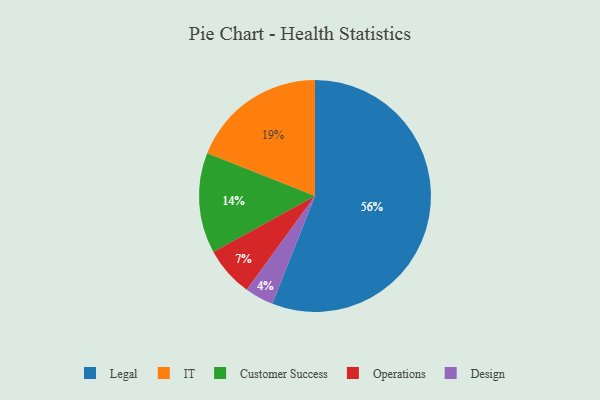
{"axis": {"x": "Category", "y": "Percentage"}, "legend": ["Customer Success", "Design", "IT", "Legal", "Operations"], "data": [{"x": "Operations", "y": 7, "type": "Operations"}, {"x": "Legal", "y": 56, "type": "Legal"}, {"x": "Design", "y": 4, "type": "Design"}, {"x": "Customer Success", "y": 14, "type": "Customer Success"}, {"x": "IT", "y": 19, "type": "IT"}]}